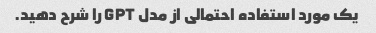
یک مورد استفاده احتمالی از مدل GPT را شرح دهید.